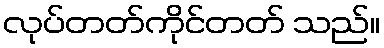
လုပ်တတ်ကိုင်တတ် သည်။